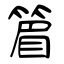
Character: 篃